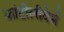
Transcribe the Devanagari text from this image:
कांटीलीवेर्स